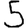
Digit: 5